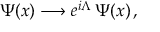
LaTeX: \Psi ( x ) \longrightarrow e ^ { i \Lambda } \, \Psi ( x ) \, ,